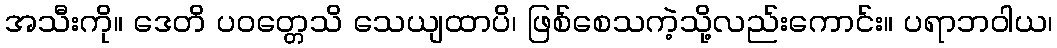
အသီးကို။ ဒေတိ ပဝတ္တေသိ သေယျထာပိ၊ ဖြစ်စေသကဲ့သို့လည်းကောင်း။ ပရာဘဝါယ၊